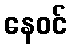
နေဝင်